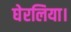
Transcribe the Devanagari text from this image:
घेरलिया।